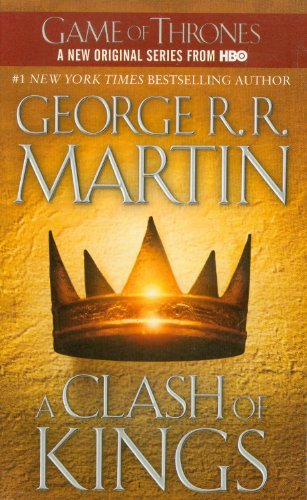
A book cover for A Clash of Kings (A Song of Ice and Fire, Book 2); George R. R. Martin; Science Fiction & Fantasy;